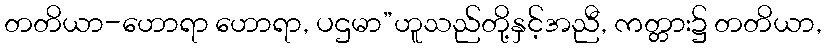
တတိယာ-ဟောရာ ဟောရာ, ပဌမာ”ဟူသည်တို့နှင့်အညီ, ကတ္တား၌ တတိယာ,